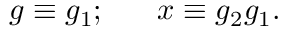
g \equiv g _ { 1 } ; \ \ \ \ \ x \equiv g _ { 2 } g _ { 1 } .